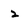
Character: 2